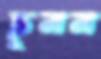
ছুলল